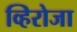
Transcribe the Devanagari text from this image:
व्हिरोजा